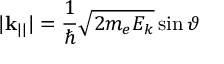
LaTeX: | \mathbf { k } _ { | | } | = { \frac { 1 } { \hbar } } { \sqrt { 2 m _ { e } E _ { k } } } \sin \vartheta